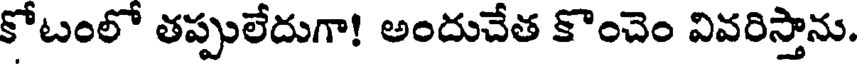
కోటంలో తప్పులేదుగా! అందుచేత కొంచెం వివరిస్తాను.